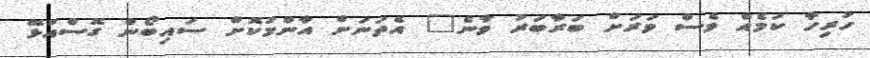
ހުރިހާ ކަމެއް ވެސް ވަރަށް ބަރާބަރު ވާނެ" އެތަނަށް އާންމުކޮށް ސައިބޯން ގޮސްއުޅޭ